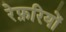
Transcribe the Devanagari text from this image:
रेफ़रियों